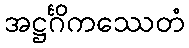
အဋ္ဌင်္ဂိကဿေတံ